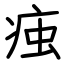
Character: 痋